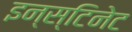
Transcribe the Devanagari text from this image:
इन्स्टिनेट